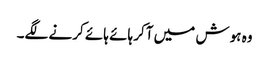
وہ ہوش میں آکر ہائے ہائے کرنے لگے۔